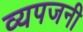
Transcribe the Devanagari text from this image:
व्यपजनी